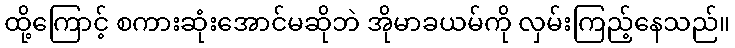
ထို့ကြောင့် စကားဆုံးအောင်မဆိုဘဲ အိုမာခယမ်ကို လှမ်းကြည့်နေသည်။